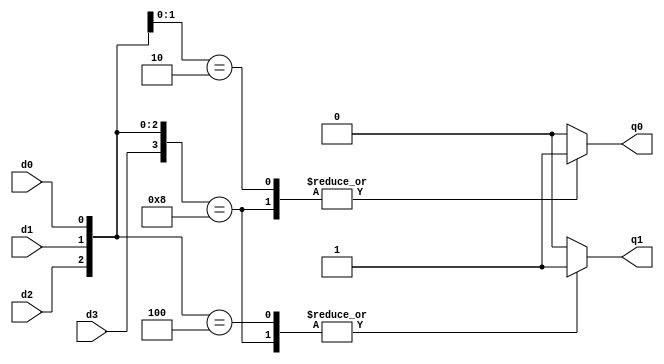
module casezx_one (d3, d2, d1, d0, q1, q0);
  input d3, d2, d1, d0;
  output q1, q0;
  reg q1, q0;

always @ ( d3 or d2 or d1 or d0 ) begin
  casez ({ d3, d2, d1, d0 })
    4'b1000: begin q1 = 1; q0 = 1; end
    4'b?100: begin q1 = 1; q0 = 0; end
    4'b??10: begin q1 = 0; q0 = 1; end
    4'b???1: begin q1 = 0; q0 = 0; end
    default: begin q1 = 0; q0 = 0; end
  endcase
end

endmodule // casezx_one